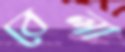
বেলা